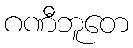
ဂဏီဘူတေ